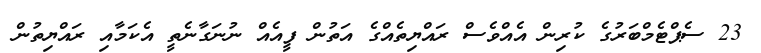
23 ސެޕްޓެމްބަރުގެ ކުރިން އެއްވެސް ރައްޔިތެއްގެ އަތުން ފީއެއް ނުނަގާނެތީ އެކަމާއި ރައްޔިތުން